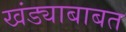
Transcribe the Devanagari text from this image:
खंड्याबाबत